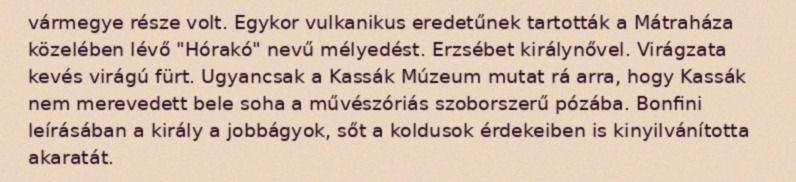
vármegye része volt. Egykor vulkanikus eredetűnek tartották a Mátraháza közelében lévő "Hórakó" nevű mélyedést. Erzsébet királynővel. Virágzata kevés virágú fürt. Ugyancsak a Kassák Múzeum mutat rá arra, hogy Kassák nem merevedett bele soha a művészóriás szoborszerű pózába. Bonfini leírásában a király a jobbágyok, sőt a koldusok érdekeiben is kinyilvánította akaratát.